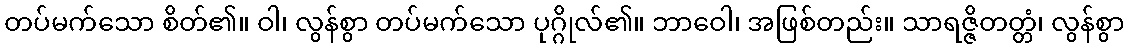
တပ်မက်သော စိတ်၏။ ဝါ၊ လွန်စွာ တပ်မက်သော ပုဂ္ဂိုလ်၏။ ဘာဝေါ၊ အဖြစ်တည်း။ သာရဇ္ဇိတတ္တံ၊ လွန်စွာ